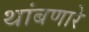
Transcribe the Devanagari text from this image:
थांबणारे